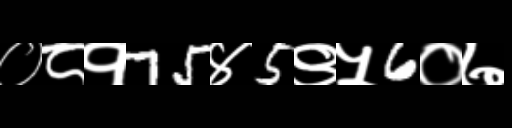
Text: ०८१75४5९५6०७